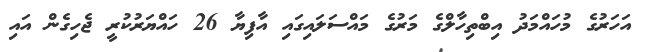
އަހަރުގެ މުހައްމަދު އިބްތިހާލްގެ މަރުގެ މައްސަލައިގައި އާފިޔާ 26 ހައްޔަރުކުރީ ޖެހިގެން އައި